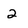
Character: 2